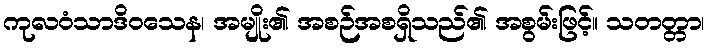
ကုလဝံသာဒိဝသေန၊ အမျိုး၏ အစဉ်အစရှိသည်၏ အစွမ်းဖြင့်။ သတတ္တာ၊